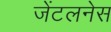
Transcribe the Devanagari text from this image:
जेंटलनेस